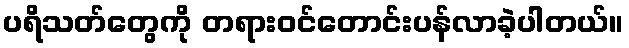
ပရိသတ်တွေကို တရားဝင်တောင်းပန်လာခဲ့ပါတယ်။